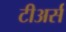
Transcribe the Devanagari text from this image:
टीअर्स